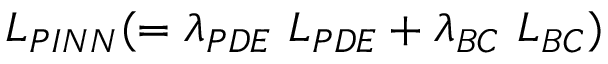
L _ { P I N N } ( = \lambda _ { P D E } ~ L _ { P D E } + \lambda _ { B C } ~ L _ { B C } )